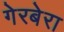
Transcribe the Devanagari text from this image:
गेरबेरा